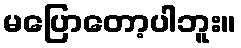
မပြောတော့ပါဘူး။